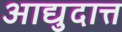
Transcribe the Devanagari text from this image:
आद्युदात्त